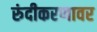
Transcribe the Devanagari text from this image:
रुंदीकरणावर